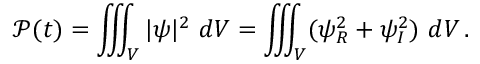
\mathcal P ( t ) = \iiint _ { V } | \psi | ^ { 2 } \ d V = \iiint _ { V } ( \psi _ { R } ^ { 2 } + \psi _ { I } ^ { 2 } ) \ d V \, .